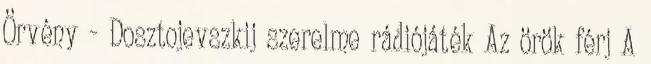
Örvény - Dosztojevszkij szerelme rádiójáték Az örök férj A